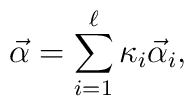
\vec{\alpha}=\sum_{i=1}^{\ell} {\kappa}_{i} \vec{\alpha}_i,